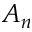
A _ { n }